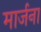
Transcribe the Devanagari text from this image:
मार्जना